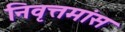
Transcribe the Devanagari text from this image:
निवृत्तमांस